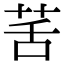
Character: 䒷